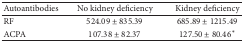
| Autoantibodies | No kidney deficiency | Kidney deficiency |
 | --- | --- | --- |
 | RF | 524.09 ± 835.39 | 685.89 ± 1215.49 |
 | ACPA | 107.38 ± 82.37 | 127.50 ± 80.46∗ |